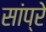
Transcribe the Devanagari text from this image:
सांप्रे